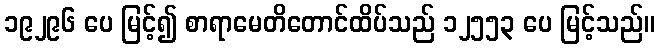
၁၉၂၉၆ ပေ မြင့်၍ စာရာမေတိတောင်ထိပ်သည် ၁၂၅၅၃ ပေ မြင့်သည်။